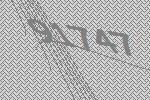
91747